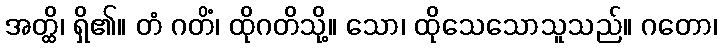
အတ္ထိ၊ ရှိ၏။ တံ ဂတိံ၊ ထိုဂတိသို့။ သော၊ ထိုသေသောသူသည်။ ဂတော၊